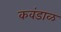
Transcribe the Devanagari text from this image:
कवंडाळ